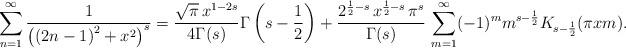
LaTeX: \begin{align*}\sum_{n=1}^{\infty}\frac{1}{\left(\left(2n-1\right)^{2}+x^{2}\right)^{s}}=\frac{\sqrt{\pi}\,x^{1-2s}}{4\Gamma(s)}\Gamma\left(s-\frac{1}{2}\right)+\frac{2^{\frac{1}{2}-s}\,x^{\frac{1}{2}-s}\,\pi^{s}}{\Gamma(s)}\,\sum_{m=1}^{\infty}(-1)^{m}m^{s-\frac{1}{2}}K_{s-\frac{1}{2}}(\pi xm).\end{align*}